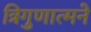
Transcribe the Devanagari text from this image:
त्रिगुणात्मने